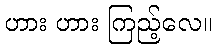
ဟား ဟား ကြည့်လေ။